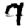
Digit: 7